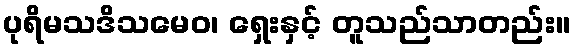
ပုရိမသဒိသမေဝ၊ ရှေးနှင့် တူသည်သာတည်း။